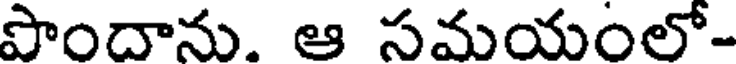
పాందాను. ఆ సమయంలో-